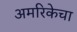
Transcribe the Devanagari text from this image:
अमरिकेचा